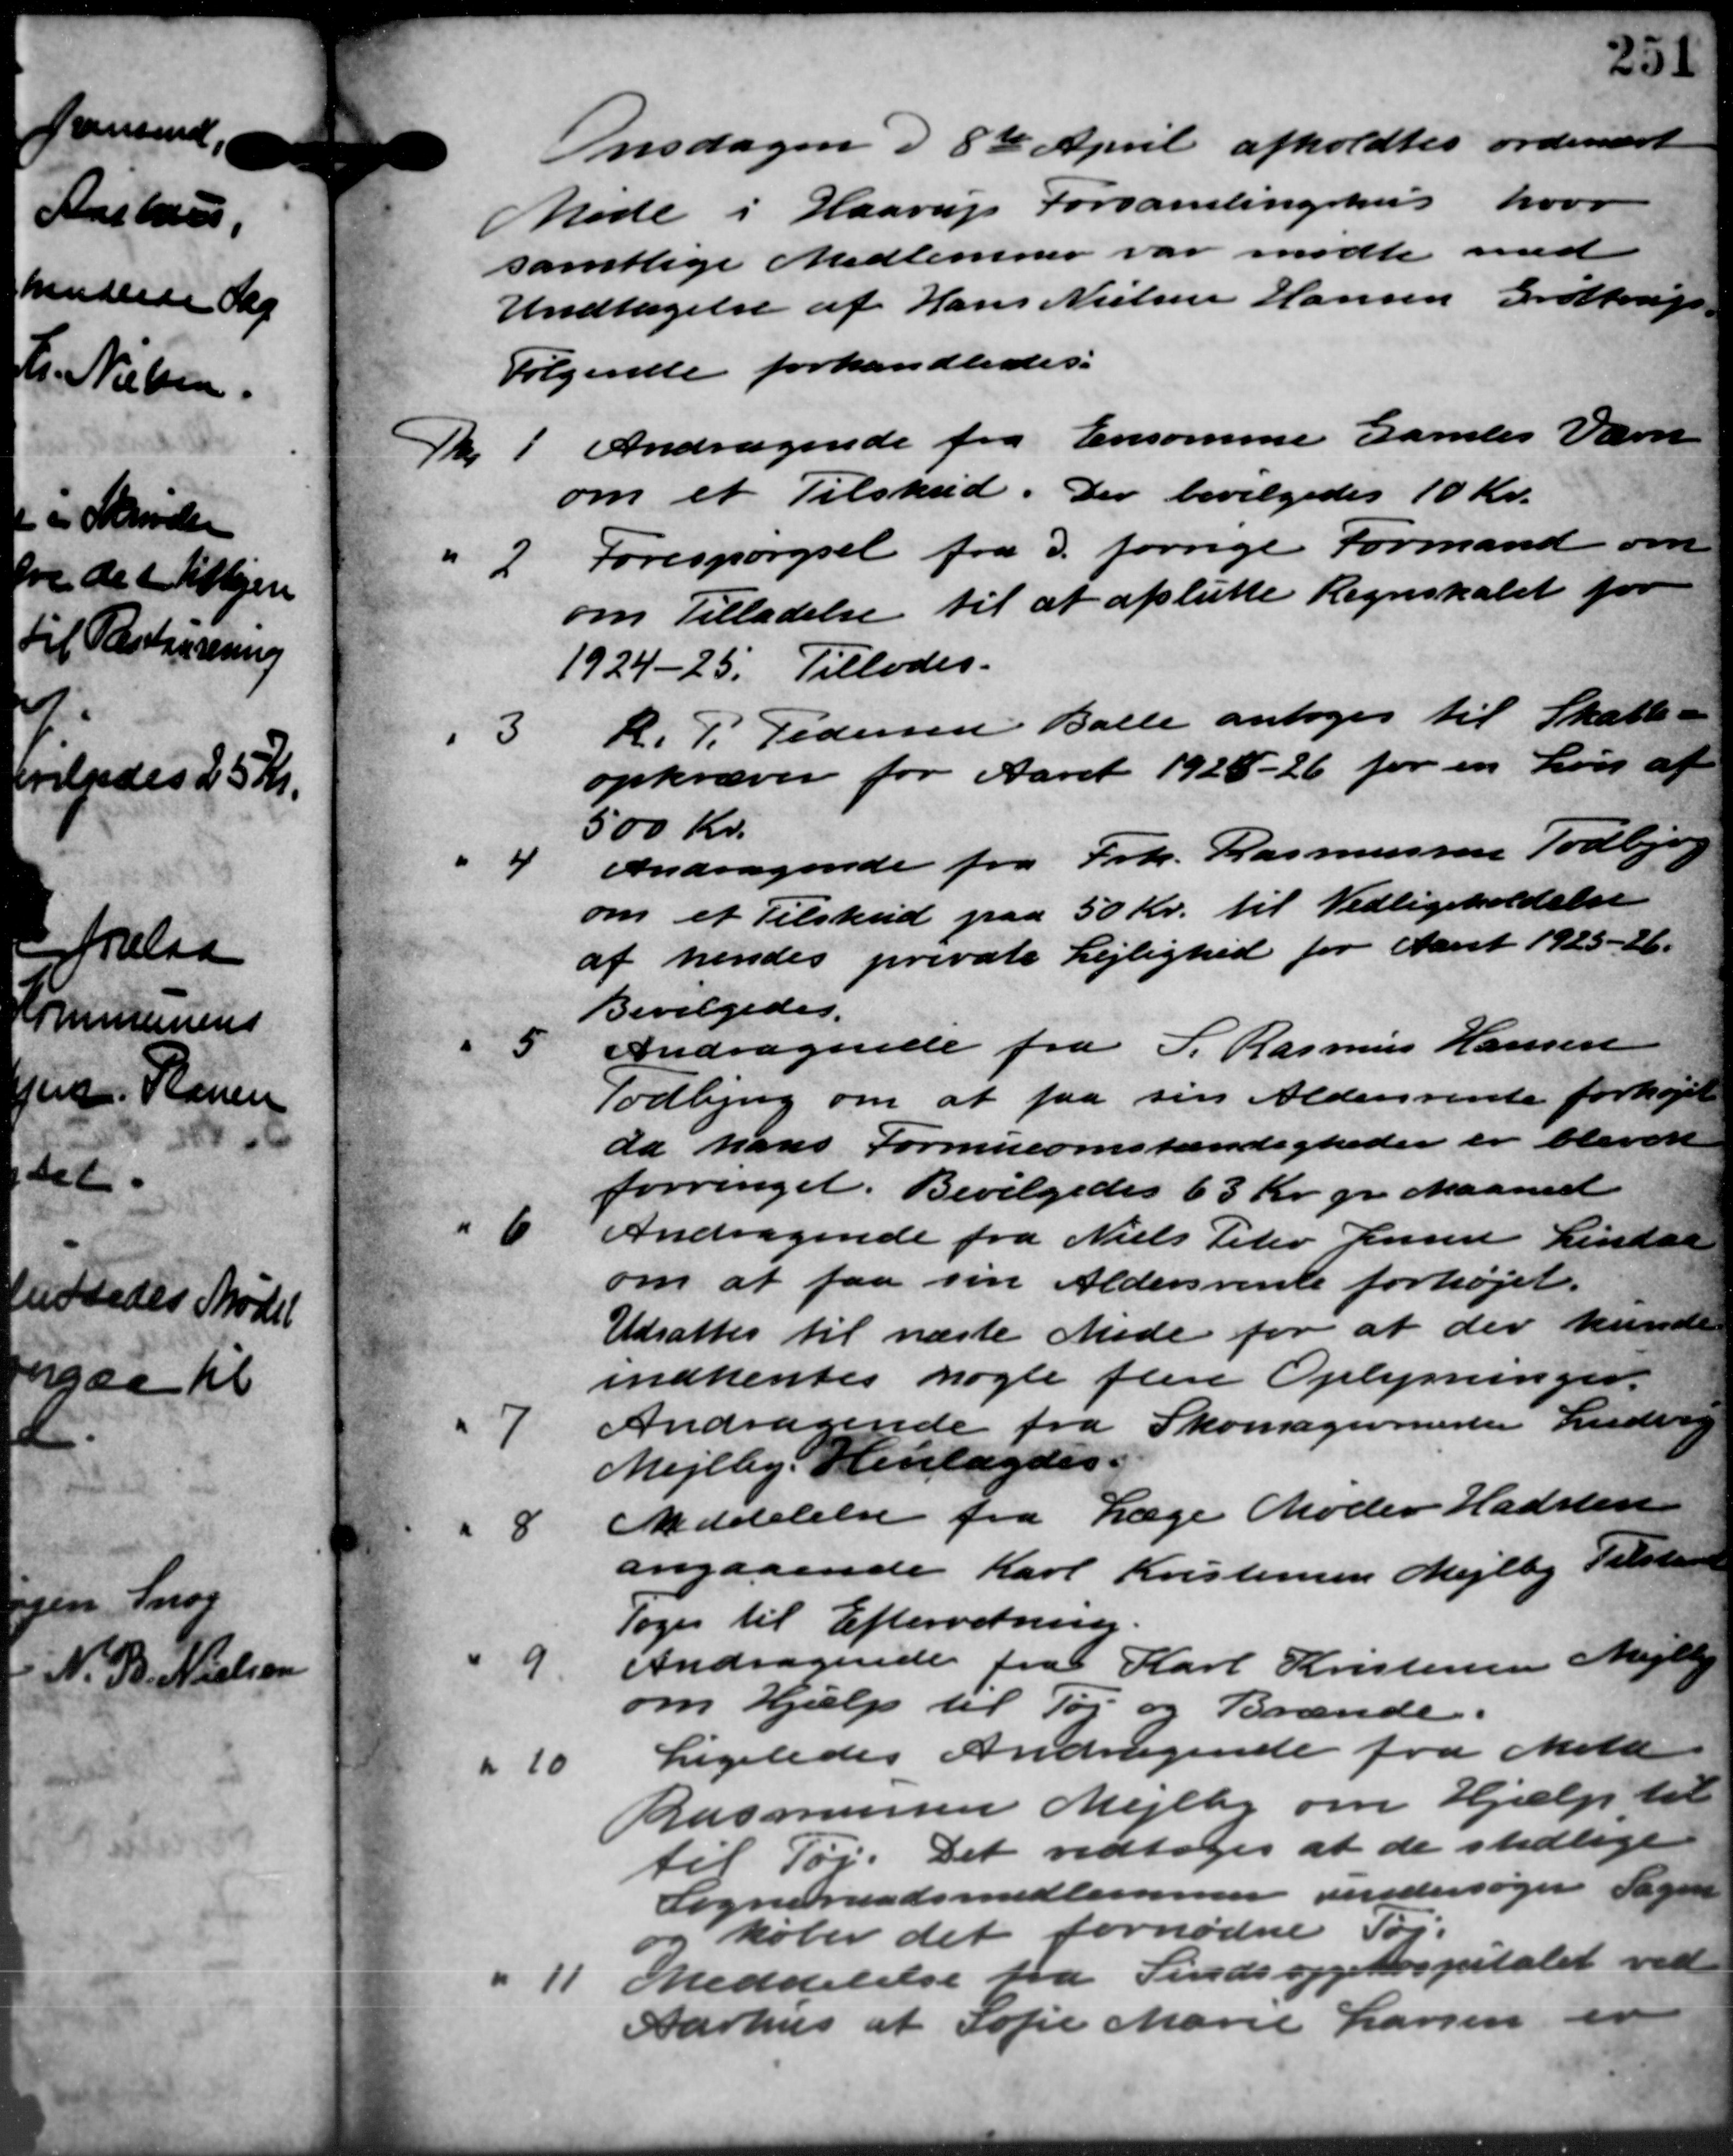
Transskription:
Onsdagen d. 8de April afholdtes ordinært
Møde i Haarup Forsamlingshus hvor
samtlige Medlemmer var mødte med
Undtagelse af Hans Nielsen Hansen Grøttrup
Følgende forhandledes:
D. 1. Andragende fra Ensomme Gamles Værn
D. 1. Andragende fra Ensomme Gamles Værn
om et Tilskud. Der bevilgedes 10 Kr.
2 Forespørgsel fra 3 forrige Formand om
2 Forespørgsel fra 3 forrige Formand om
om Tilladelse til at afslutte Regnskabet for
1924-25. Tillodes.
3
R. P. Pedersen Balle antoges til Skatte-
opkræver for Aaret 1928 - 26 for en Løn af
500 Kr.
4
Andragende fra Frk. Rasmussen Todbjerg
om et Tilskud paa 50 Kr. til Vedligeholdelse
af hendes private Lejlighed for Aaret 1923 – 26.
Bevilgedes.
5
Andragende fra S. Rasmus Hansen
Todbjerg om at faa sin Aldersrente forhøjet
da hans Formueomstændigheder er blevet
forringet. Bevilgedes 63 Kr. pr. Maaned
6
Andragende fra Niels Peter Jensen Lindaa
om at faa sin Aldersrente forhøjet.
Udsattes til næste Møde for at der kunde
indhentes nogle flere Oplysninger.
7
Andragende fra Skomagermester Ludvig
Mejlby Henlagdes.
8
Meddelelse fra Læge Møder Hadsten
angaaende Karl Kristensen Mejlby Tilstand
Toges til Efterretning.
G
Andragende fra Karl Kristensen Mejlby
om Hjælp til Tøj og Brænde
L 10
Ligeledes Andragende fra Mølle
Rasmussen Mejlby om Hjælp til
til Tøj. Det vedtoges at de stedlige
Sogneraadsmedlemmer undersøger Sagen
og køber det fornødne Tøj.
11
Meddelelse fra Sindssygehospitalet ved
Aarhus af Sofie Marie Larsen er